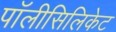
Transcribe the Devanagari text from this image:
पॉलीसिलिकेट